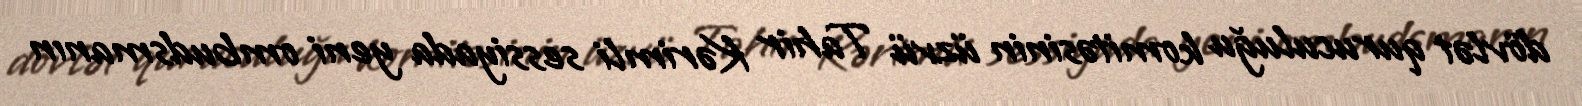
dövlət quruculuğu komitəsinin üzvü Tahir Kərimli sessiyada yeni ombudsmanın